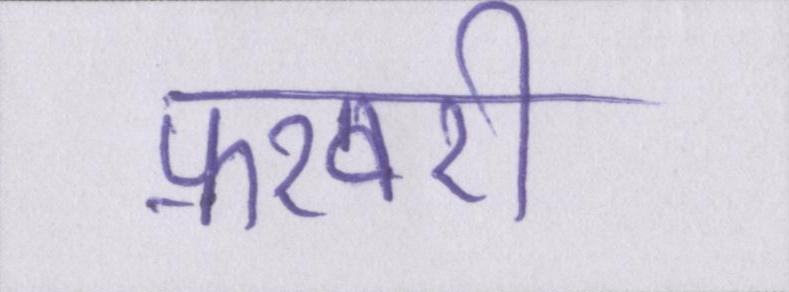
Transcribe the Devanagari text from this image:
फ़रवरी